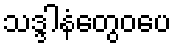
သဒ္ဒါနံတွေဝပေ